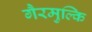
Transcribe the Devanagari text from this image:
गैरमुल्कि